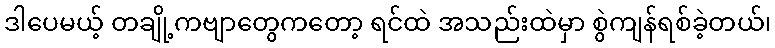
ဒါပေမယ့် တချို့ကဗျာတွေကတော့ ရင်ထဲ အသည်းထဲမှာ စွဲကျန်ရစ်ခဲ့တယ်၊